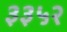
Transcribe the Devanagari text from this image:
३३५२